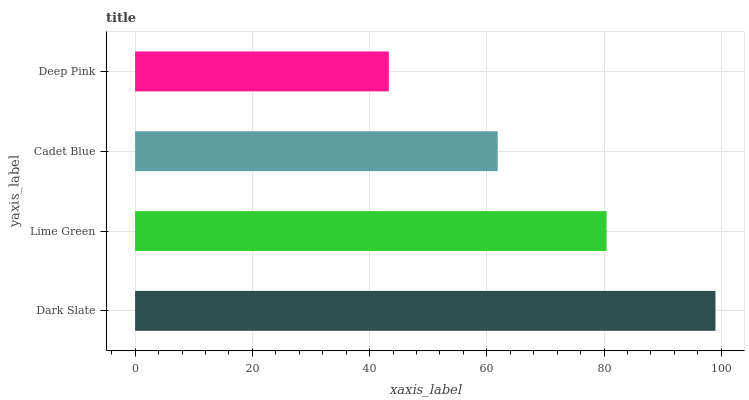
| yaxis_label | bars |
 | --- | --- |
 | Dark Slate | 99 |
 | Lime Green | 80.4 |
 | Cadet Blue | 61.9 |
 | Deep Pink | 43.3 |